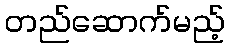
တည်ဆောက်မည့်